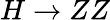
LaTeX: H\rightarrow ZZ